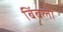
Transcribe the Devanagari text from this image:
बिंबला